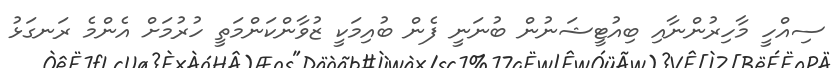
ސިއްހީ މާހިރުންނާއި ބިއުޓީޝަނުން ބުނަނީ ފެން ބުއިމަކީ ޒުވާންކަންމަތީ ހުރުމަށް އެންމެ ރަނގަޅު